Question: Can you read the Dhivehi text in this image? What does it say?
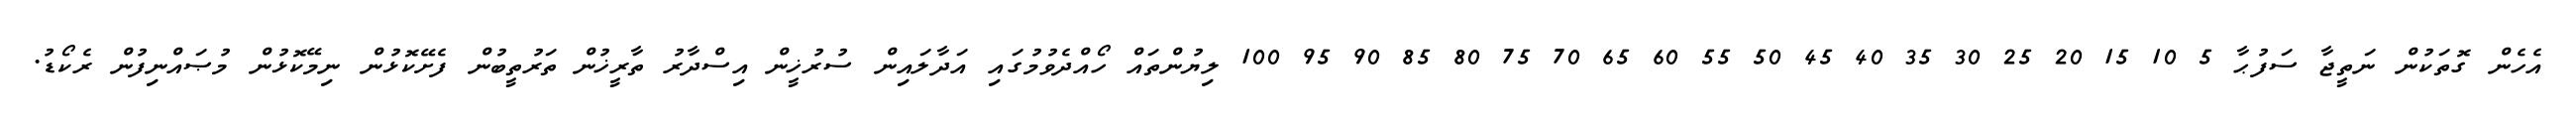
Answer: އެހެން ގޮތަކުން ނަތީޖާ ސަފުޙާ 5 10 15 20 25 30 35 40 45 50 55 60 65 70 75 80 85 90 95 100 ލިޔުންތައް ހޯއްދެވުމުގައި އަދާލައިން ސުރުޚީން އިސްދާރު ތާރީޚުން ތަރުތީބުން ފެށޭކޮޅުން ނިމޭކޮޅުން މުޞައްނިފުން ރެކޯޑު.